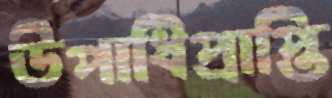
উপাধিপ্রাপ্তি